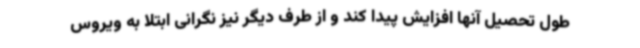
طول تحصیل آنها افزایش پیدا کند و از طرف دیگر نیز نگرانی ابتلا به ویروس